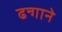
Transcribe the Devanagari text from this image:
ढन्गाने